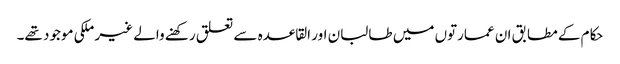
حکام کے مطابق ان عمارتوں میں طالبان اور القاعدہ سے تعلق رکھنے والے غیر ملکی موجود تھے۔